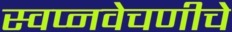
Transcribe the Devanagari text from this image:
स्वप्नवेचणीचे